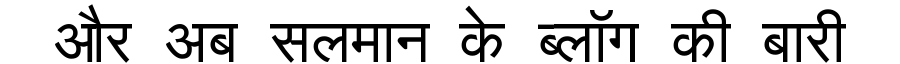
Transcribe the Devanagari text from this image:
और अब सलमान के ब्लॉग की बारी